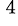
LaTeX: ^{\, 4}